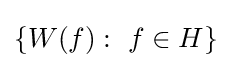
\{W(f):~f\in H\}